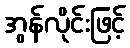
အွန်လိုင်းဖြင့်